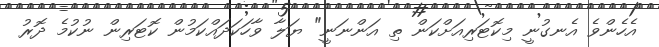
އެހެންވެ އެނގުނީ މިކޮޓަރިއަށްކަން ތި އަންނަނީ" ޔަލާ ވާހަކަދައްކަމުން ކޮޓަރިން ނުކުމެ ދޮރު